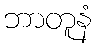
ဘာတူနံ